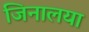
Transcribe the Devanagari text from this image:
जिनालया